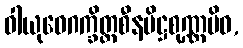
ဝါယုဝေဂက္ခိတ္တစီနပိဋ္ဌစုဏ္ဏမိဝ,